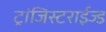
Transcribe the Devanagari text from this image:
ट्रांजिस्टराईज्ड